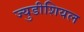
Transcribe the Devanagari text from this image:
ज्युडीशियल